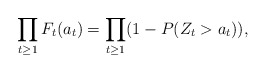
\begin{align*}\prod_{t \ge 1} F_{t}(a_t)= \prod_{t \ge 1}(1-P(Z_t>a_t)), \end{align*}